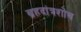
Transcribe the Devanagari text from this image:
ब्रहदांत्रशोथ